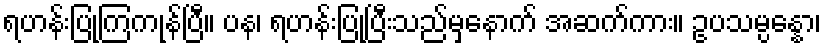
ရဟန်းပြုကြကုန်ပြီ။ ပန၊ ရဟန်းပြုပြီးသည်မှနောက် အဆက်ကား။ ဥပသမ္ပန္နော၊